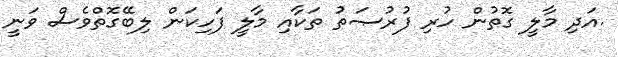
.އަދި މާލީ ގޮތުން ހުރި ފުރުޞަތު ތަކާއި މާލީ ފަހިކަން ލިބޭގޮތްވެސް ވަނީ